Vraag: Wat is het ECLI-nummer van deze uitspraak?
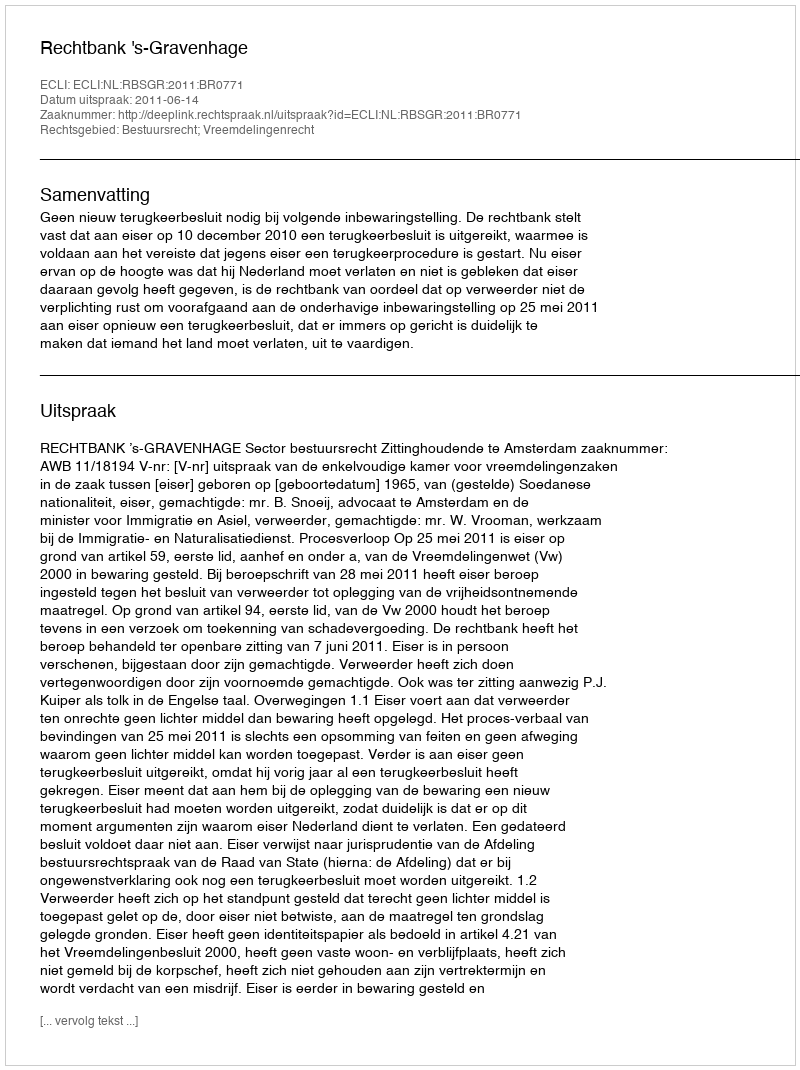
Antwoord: ECLI:NL:RBSGR:2011:BR0771